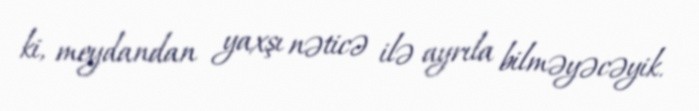
ki, meydandan yaxşı nəticə ilə ayrıla bilməyəcəyik.